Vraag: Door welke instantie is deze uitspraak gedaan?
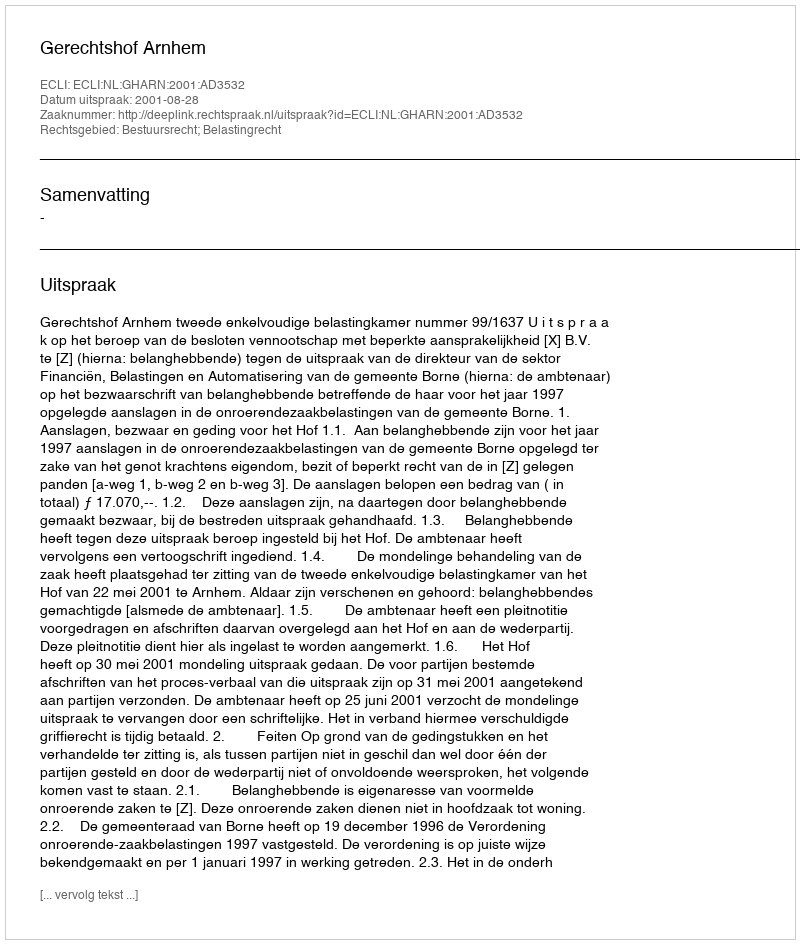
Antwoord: Gerechtshof Arnhem